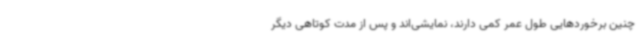
چنین برخوردهایی طول عمر کمی دارند، نمایشی‌اند و پس از مدت کوتاهی دیگر